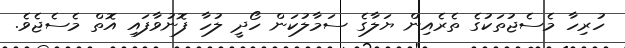
ހުރިހާ މެސެޖުތަކުގެ ތެރެއިން ޔަލާގެ ސަމާލުކަން ހޯދީ ލުހާ ފޮނުވާފައި އޮތް މެސެޖެވެ.